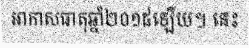
អាកាសធាតុឆ្នាំ២០១៥ឡើយ។ នេះ